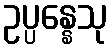
ဥပ္ပန္နေသု